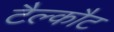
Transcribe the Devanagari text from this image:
टैल्कौट